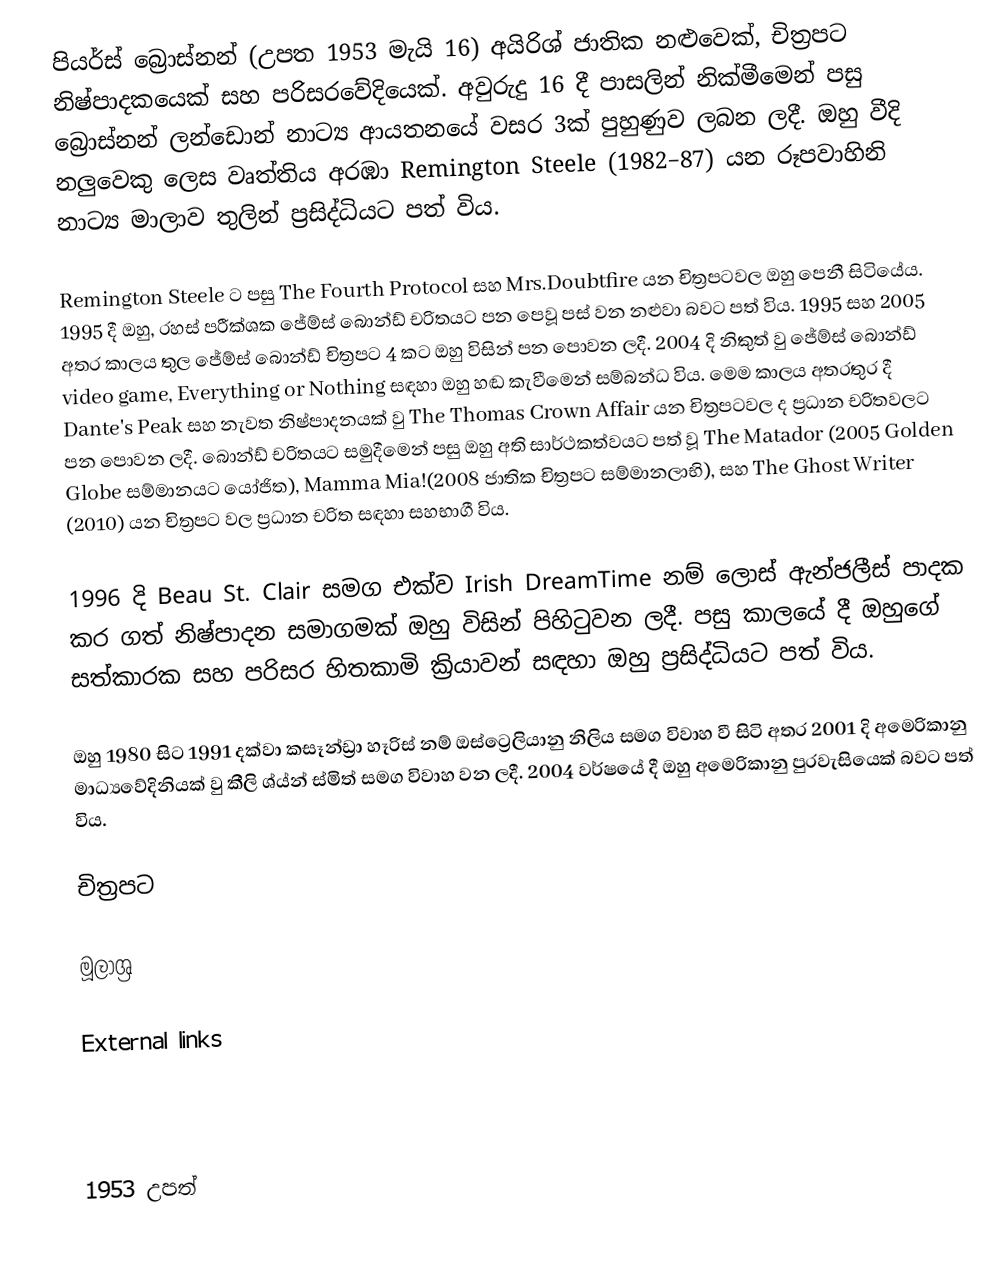
පියර්ස් බ්‍රොස්නන් (උපත 1953 මැයි 16) අයිරිශ් ජාතික නළුවෙක්, චිත්‍රපට නිෂ්පාදකයෙක් සහ පරිසරවේදියෙක්. අවුරුදු 16 දී පාසලින් නික්මීමෙන් පසු බ්‍රොස්නන් ලන්ඩොන් නාට්‍ය ආයතනයේ වසර 3ක් පුහුණුව ලබන ලදී. ඔහු වීදි නලුවෙකු ලෙස වෘත්තිය අරඹා Remington Steele (1982–87) යන රූපවාහිනි නාට්‍ය මාලාව තුලින් ප්‍රසිද්ධියට පත් විය.

Remington Steele ට පසු The Fourth Protocol සහ Mrs.Doubtfire යන චිත්‍රපටවල ඔහු පෙනී සිටියේය. 1995 දී ඔහු, රහස් පරීක්ශක ජේම්ස් බොන්ඩ් චරිතයට පන පෙවූ පස් වන නළුවා බවට පත් විය. 1995 සහ 2005 අතර කාලය තුල ජේම්ස් බොන්ඩ් චිත්‍රපට 4 කට ඔහු විසින් පන පොවන ලදී. 2004 දි නිකුත් වු ජේම්ස් බොන්ඩ් video game, Everything or Nothing සඳහා ඔහු හඬ කැවීමෙන් සම්බන්ධ විය. මෙම කාලය අතරතුර දී Dante's Peak සහ නැවත නිෂ්පාදනයක් වු The Thomas Crown Affair යන චිත්‍රපටවල ද ප්‍රධාන චරිතවලට පන පොවන ලදී. බොන්ඩ් චරිතයට සමුදීමෙන් පසු ඔහු අති සාර්ථකත්වයට පත් වූ The Matador (2005 Golden Globe සම්මානයට යෝජිත), Mamma Mia!(2008 ජාතික චිත්‍රපට සම්මානලාභි), සහ The Ghost Writer (2010) යන චිත්‍රපට වල ප්‍රධාන චරිත සඳහා සහභාගී විය.

1996 දි Beau St. Clair සමග එක්ව Irish DreamTime නම් ලොස් ඇන්ජලීස් පාදක කර ගත් නිෂ්පාදන සමාගමක් ඔහු විසින් පිහිටුවන ලදී. පසු කාලයේ දී ඔහුගේ සත්කාරක සහ පරිසර හිතකාමි ක්‍රියාවන් සඳහා ඔහු ප්‍රසිද්ධියට පත් විය.

ඔහු 1980 සිට 1991 දක්වා කසෑන්ඩ්‍රා හෑරිස් නම් ඔස්ට්‍රෙලියානු නිලිය සමග විවාහ වී සිටි අතර 2001 දි අමෙරිකානු මාධ්‍යවේදිනියක් වු කීලි ශ්ය්න් ස්මිත් සමග විවාහ වන ලදී. 2004 වර්ෂයේ දී ඔහු අමෙරිකානු පුරවැසියෙක් බවට පත් විය.

චිත්‍රපට

මූලාශ්‍ර

External links

1953 උපත්